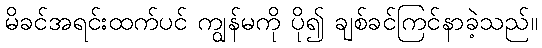
မိခင်အရင်းထက်ပင် ကျွန်မကို ပို၍ ချစ်ခင်ကြင်နာခဲ့သည်။